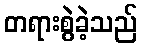
တရားစွဲခဲ့သည်